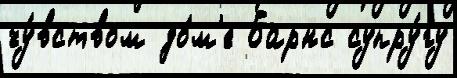
чу́вством до́м'е Барнс супру́гу